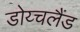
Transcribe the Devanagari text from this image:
डोय्चलैंड